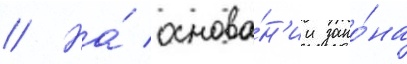
// На́ основа́н'ии зако́на